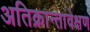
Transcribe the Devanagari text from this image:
अतिक्रान्तावेक्षण